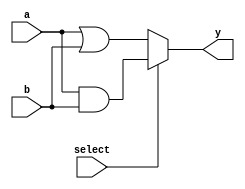
module vector_continuous_assignment (
    input wire [3:0] a,          // 4-bit input vector a
    input wire [3:0] b,          // 4-bit input vector b
    input wire select,           // Single bit select input
    output wire [3:0] y          // 4-bit output vector y
);

    // Continuous assignment using the assign statement
    assign y = (select) ? (a & b) : (a | b); // Conditional assignment based on select

endmodule